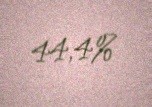
44,4%